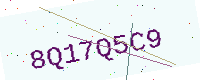
Text: 8Q17Q5C9